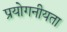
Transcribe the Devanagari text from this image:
प्रयोगनीयता